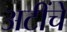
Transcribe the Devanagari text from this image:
अटींचे